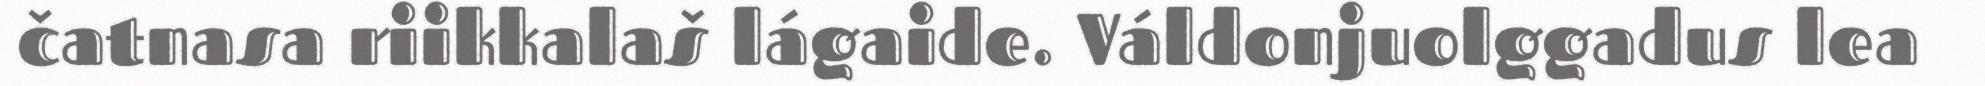
čatnasa riikkalaš lágaide. Váldonjuolggadus lea